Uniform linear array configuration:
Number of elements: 12
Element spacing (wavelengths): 0.75
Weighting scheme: kaiser
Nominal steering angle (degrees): -45
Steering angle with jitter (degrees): -46.612
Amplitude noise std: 0.05
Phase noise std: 0.05

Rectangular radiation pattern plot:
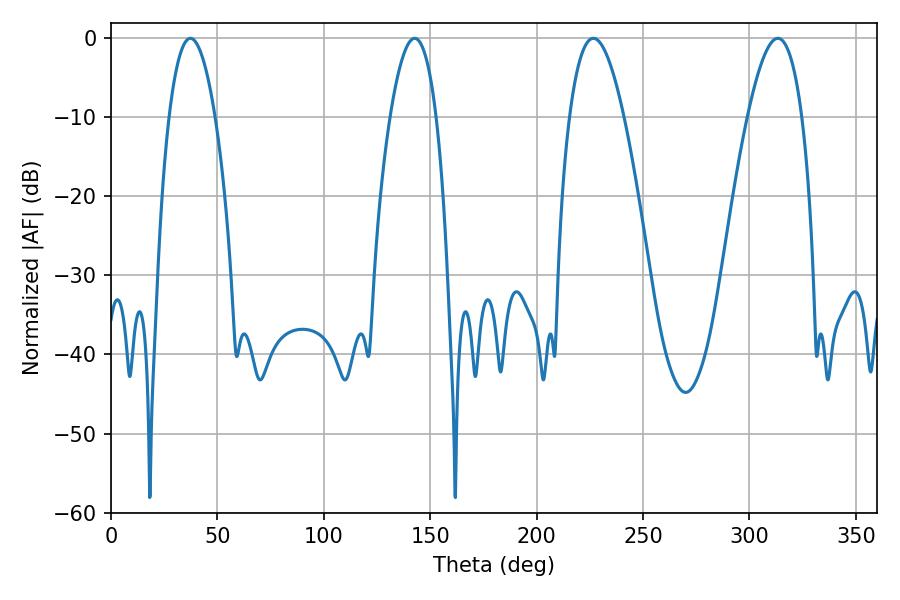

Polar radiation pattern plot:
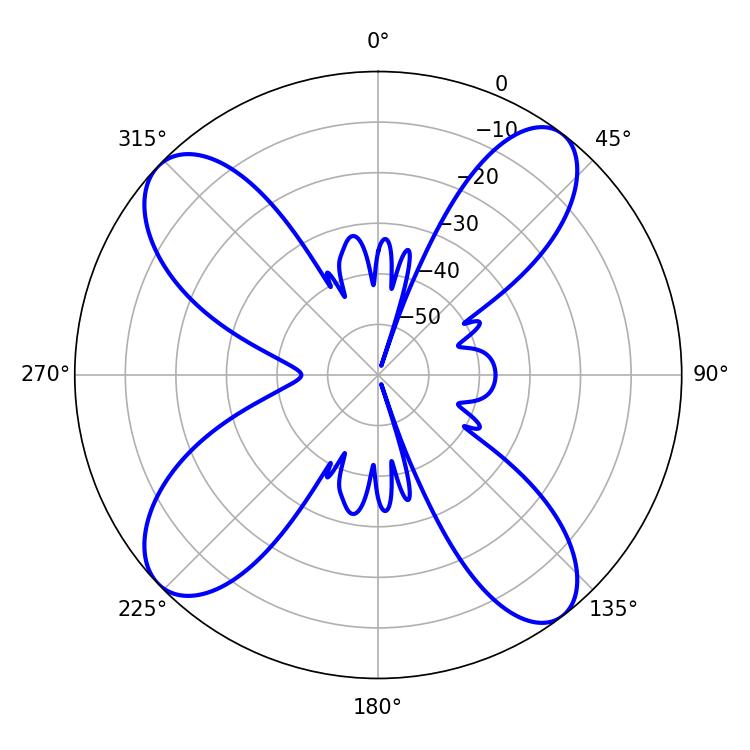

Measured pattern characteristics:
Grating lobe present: TRUE
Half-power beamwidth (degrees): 14.04
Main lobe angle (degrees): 226.62